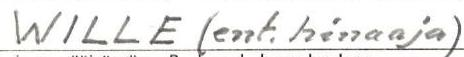
WILLE (ent. hinaaja)